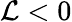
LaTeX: \mathcal{L}<0